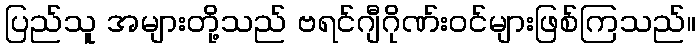
ပြည်သူ အများတို့သည် ဗရင်ဂျီဂိုဏ်းဝင်များဖြစ်ကြသည်။